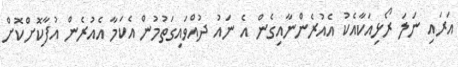
އަރައި ނަލަ ރޯޅިއަކާއެކު އެއުރެންނާއިގެން އެ ނައު ދުއްވައިގަތުމުން އެކަމާ އެއުރެން އުފާކޮށްކޮށް